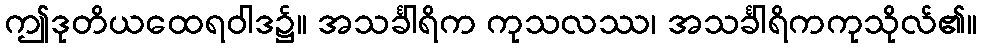
ဤဒုတိယထေရဝါဒ၌။ အသင်္ခါရိက ကုသလဿ၊ အသင်္ခါရိကကုသိုလ်၏။